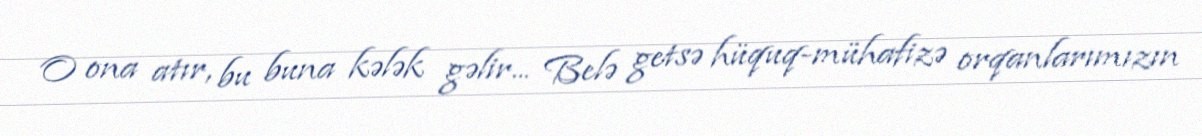
O ona atır, bu buna kələk gəlir... Belə getsə hüquq-mühafizə orqanlarımızın